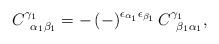
LaTeX: \begin{align*}C_{\;\;\alpha _{1}\beta _{1}}^{\gamma _{1}}=-\left( -\right) ^{\epsilon_{\alpha _{1}}\epsilon _{\beta _{1}}}C_{\;\;\beta _{1}\alpha _{1}}^{\gamma_{1}}, \end{align*}